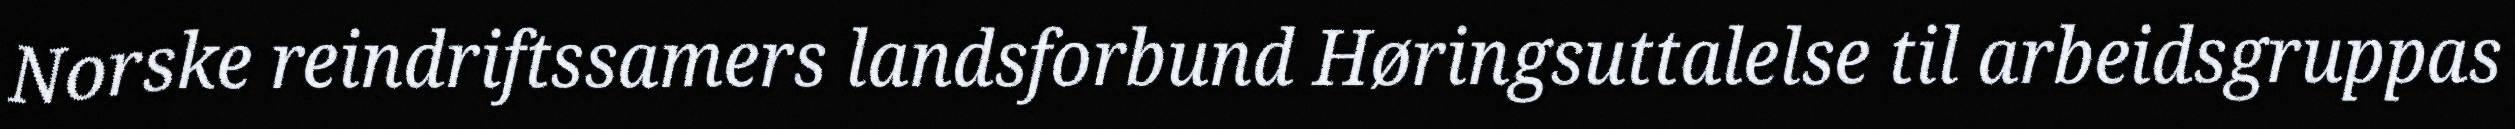
Norske reindriftssamers landsforbund Høringsuttalelse til arbeidsgruppas